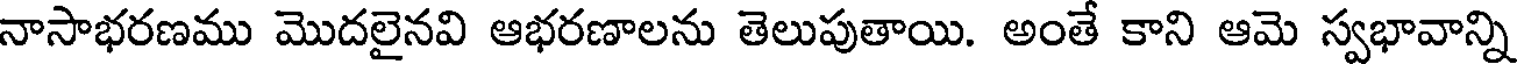
నాసాభరణము మొదలైనవి ఆభరణాలను తెలుపుతాయి. అంతే కాని ఆమె స్వభావాన్ని